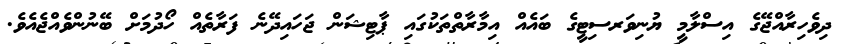
ދިވެހިރާއްޖޭގެ އިސްލާމީ ޔުނިވަރސިޓީގެ ބައެއް އިމާރާތްތަކުގައި ޕާޓިޝަން ޖަހައިދޭނެ ފަރާތެއް ހޯދުމަށް ބޭނުންވެއްޖެއެވެ.